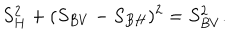
LaTeX: S _ { H } ^ { 2 } + ( S _ { B V } - S _ { B H } ) ^ { 2 } = S _ { B V } ^ { 2 } .